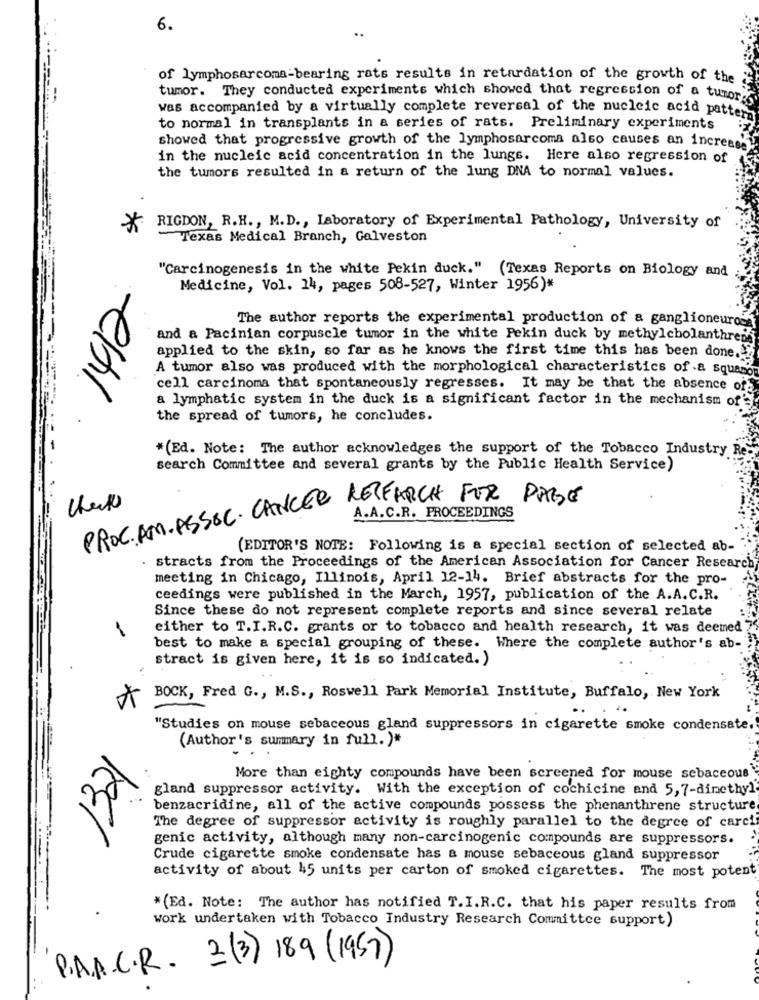
6.
of lymphosarcoma-bearing rats results in retardation of the growth of the
tumor. They conducted experiments which showed that regression of a tumor
was accompanied by a virtually complete reversal of the nucleic acid patt
to normal in transplants in a series of rats. Preliminary experiments
showed that progressive growth of the lymphosarcoma also causes an increase
in the nucleic acid concentration in the lungs. Here also regression of
the tumors resulted in a return of the lung DNA to normal values.
*
RIGDON, R.H ., M.D ., Laboratory of Experimental Pathology, University of
Texas Medical Branch, Galveston
"Carcinogenesis in the white Pekin duck." (Texas Reports on Biology and
Medicine, Vol. 14, pages 508-527, Winter 1956)*
The author reports the experimental production of a ganglioneurosa
and a Pacinian corpuscle tumor in the white Pekin duck by methylcholanthreis
applied to the skin, so far as he knows the first time this has been done.
A tumor also was produced with the morphological characteristics of .a squamo
cell carcinoma that spontaneously regresses. It may be that the absence of
& lymphatic system in the duck is a significant factor in the mechanism of'
the spread of tumors, he concludes.
*(Ed. Note: The author acknowledges the support of the Tobacco Industry Rey
search Committee and several grants by the Public Health Service)
PROC.AM.ASSOC. CANCER RESEARCH FOR PAGE
A.A.C.R. PROCEEDINGS
(EDITOR'S NOTE: Following is a special section of selected ab-
stracts from the Proceedings of the American Association for Cancer Research
meeting in Chicago, Illinois, April 12-14. Brief abstracts for the pro-
ceedings were published in the March, 1957, publication of the A.A. C.R.
Since these do not represent complete reports and since several relate
either to T.I.R.C. grants or to tobacco and health research, it was deemed
best to make a special grouping of these. Where the complete author's ab- "
stract is given here, it is so indicated. )
BOCK, Fred G ., M.S ., Roswell Park Memorial Institute, Buffalo, New York
"Studies on mouse sebaceous gland suppressors in cigarette smoke condensate."
(Author's summary in full. )#
32
More than eighty compounds have been screened for mouse sebaceous
gland suppressor activity. With the exception of cochicine and 5, 7-dimethyl
benzacridine, all of the active compounds possess the phenanthrene structure
The degree of suppressor activity is roughly parallel to the degree of carci
genic activity, although many non-carcinogenic compounds are suppressors.
Crude cigarette smoke condensate has a mouse sebaceous gland suppressor
activity of about 45 units per carton of smoked cigarettes. The most potent
-
*(Ed. Note: The author has notified T. I. R.C. that his paper results from
work undertaken with Tobacco Industry Research Committee support)
P.A.A.C.R. 2(3) 189 (1957)